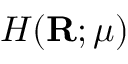
H ( \mathbf { R } ; \mu )